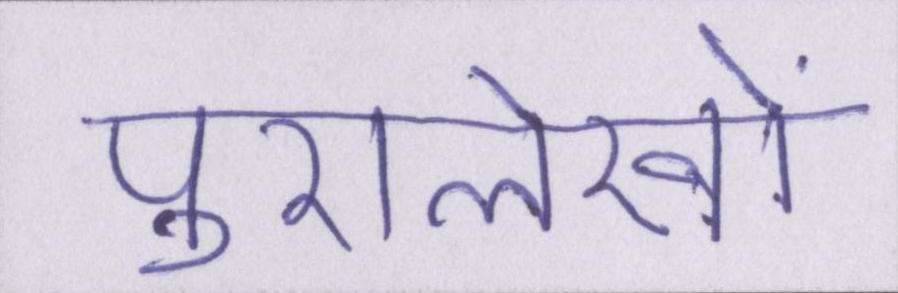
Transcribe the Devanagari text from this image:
पुरालेखों